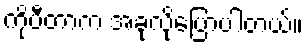
ကိုပီတာက အခုလိုပြောပါတယ်။